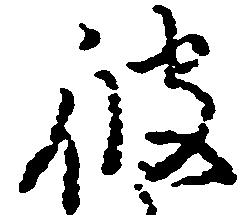
被